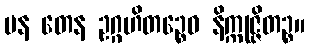
ပန တေန ဥဂ္ဂဟိတဉ္စေဝ နိက္ကုဇ္ဇိတဉ္စ။